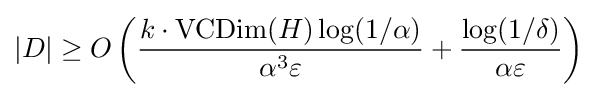
|D|\geq O\left({\frac {k\cdot \operatorname {VCDim} (H)\log(1/\alpha )}{\alpha ^{3}\varepsilon }}+{\frac {\log(1/\delta )}{\alpha \varepsilon }}\right)\,\!